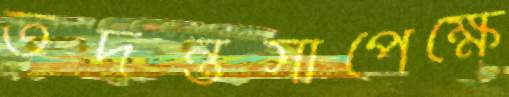
তদন্তসাপেক্ষে